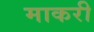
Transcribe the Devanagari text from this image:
माकरी